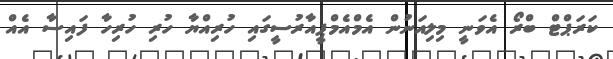
ކަރަޕްޓް ބްރޯ އެވަނީ މިލިއަނުން އެމްއެމްޕީއާރުސީގައި ހުރިއްޔާ ހުރި ހުރިހާ ފައިސާ އެއް